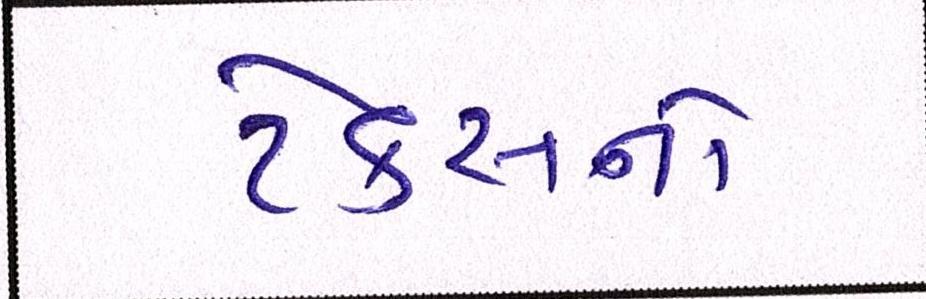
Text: ટેકસનો